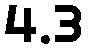
4.3